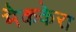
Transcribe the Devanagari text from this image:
मैककेरा